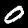
Label: 0